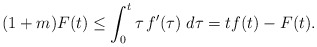
\begin{align*}(1+m)F(t)\leq\int_0^t\tau\,f'(\tau)\;d\tau=tf(t)-F(t).\end{align*}